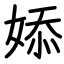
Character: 婖